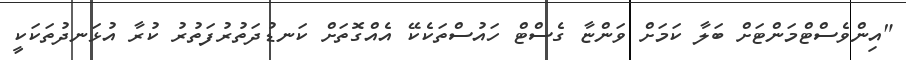
"އިންވެސްޓްމަންޓަށް ބަލާ ކަމަށް ވަންޏާ ގެސްޓް ހައުސްތަކެކޭ އެއްގޮތަށް ކަނޑުދަތުރުފަތުރު ކުރާ އުޅަނދުތަކަކީ